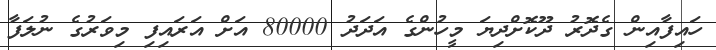
ހައިފާއިން ގެދޮރު ދޫކޮށްދިޔަ މީހުންގެ އަދަދު 80000 އަށް އަރައިފި މިވަރުގެ ނުލަފާ